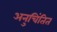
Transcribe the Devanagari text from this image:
अनुचिंतित